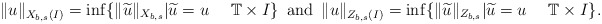
\begin{align*} \|u\|_{X_{b,s}(I)}=\inf\{\|\widetilde{u}\|_{X_{b,s}}|\widetilde{u}=u\ \ \ \ \mathbb{T}\times I\}\,\mbox{ and }\, \|u\|_{Z_{b,s}(I)}=\inf\{\|\widetilde{u}\|_{Z_{b,s}}|\widetilde{u}=u\ \ \ \ \mathbb{T}\times I\}.\end{align*}